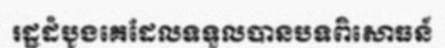
រដ្ឋដំបូងគេដែលទទួលបានបទពិសោធន៍